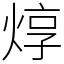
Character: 焞